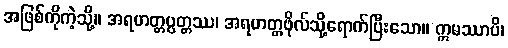
အဖြစ်ကိုကဲ့သို့။ အရဟတ္တပ္ပတ္တဿ၊ အရဟတ္တဖိုလ်သို့ရောက်ပြီးသော။ ဣမဿာပိ၊